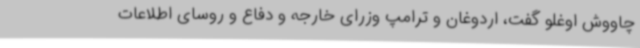
چاووش اوغلو گفت، اردوغان و ترامپ وزرای خارجه و دفاع و روسای اطلاعات